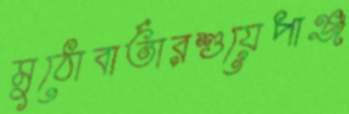
মুঠোবার্তারশুয়েপাঞ্জ